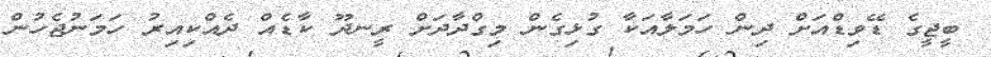
ބީޖީގެ ޑޭވިޑްއަށް ދިން ހަމަލާއަކާ ގުޅިގެން މިގްދާދަށް ރީނދޫ ކާޑެއް ދެއްކިއިރު ހަމަނުޖެހުން